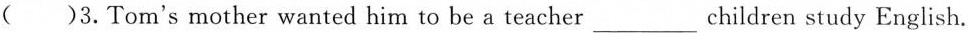
( )3. Tom's mother wanted him to be a teacher ___ children study English.